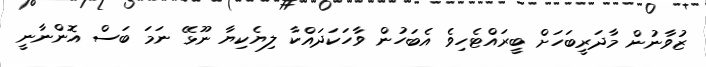
ޒުވާނުން މާދަރީބަހަށް ބީރައްޓެހިވެ އެބަހުން ވާހަކަދައްކާ ލިޔެކިޔާ ނޫޅޭ ނަމަ ބަސް އޮންނާނީ